Dysentery in Hazaribagh Central Jail - Number 52
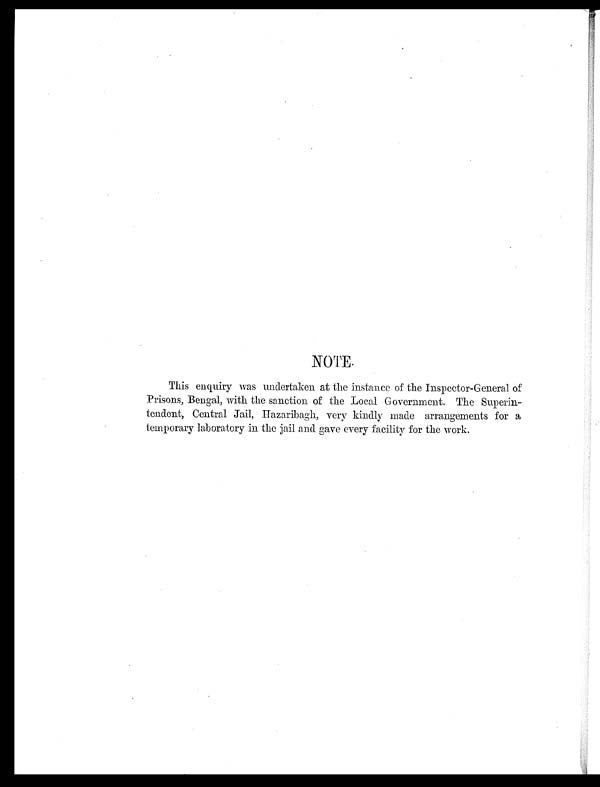
NOTE
This enquiry was undertaken at the instance of the Inspector-General of
Prisons, Bengal, with the sanction of the Local Government. The Superin-
tendent, Central Jail, Hazaribagh, very kindly made arrangements for a
temporary laboratory in the jail and gave every facility for the work.